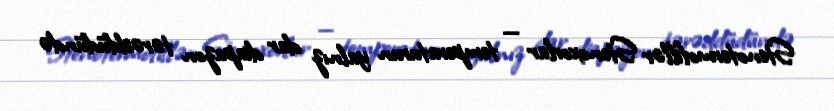
Stenotermofillər Stenoxorlar — temperaturun yalnız dar diapazon tərəddüdündə